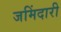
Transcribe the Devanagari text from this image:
जमिंदारी